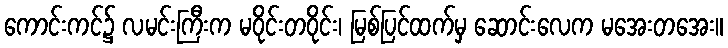
ကောင်းကင်၌ လမင်းကြီးက မဝိုင်းတဝိုင်း၊ မြစ်ပြင်ထက်မှ ဆောင်းလေက မအေးတအေး။